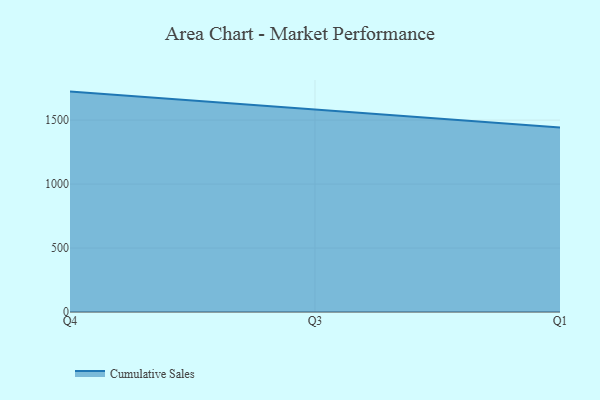
{"axis": {"x": "Quarter", "y": "Temperature (°C)"}, "legend": ["Cumulative Sales"], "data": [{"x": "Q4", "y": 1722.9, "type": "Cumulative Sales"}, {"x": "Q3", "y": 1582.1, "type": "Cumulative Sales"}, {"x": "Q1", "y": 1441.9, "type": "Cumulative Sales"}]}